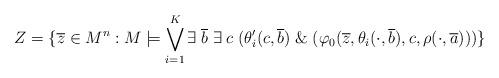
LaTeX: \begin{align*}Z = \{\overline{z}\in M^{n} : M\models \bigvee_{i=1}^{K} \exists \; \overline{b} \; \exists \; c \; (\theta^{\prime}_{i}(c, \overline{b}) \; \& \; (\varphi_{0}(\overline{z}, \theta_{i}(\cdot, \overline{b}), c, \rho(\cdot, \overline{a})))\}\end{align*}